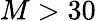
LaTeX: M>30